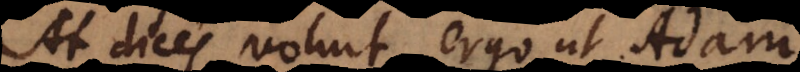
At dicis voluit ergo ut Adam